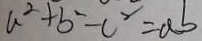
a ^ { 2 } + b ^ { 2 } - c ^ { 2 } = a b